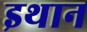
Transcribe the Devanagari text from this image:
इथान